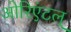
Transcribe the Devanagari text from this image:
ओरिएंटल्